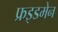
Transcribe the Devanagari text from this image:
फ्रइडमेन